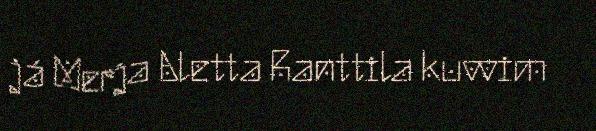
já Merja Aletta Ranttila kuvvim